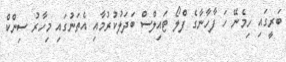
ބަރީގައި ހިމެނޭ ހަ ފާހާނާގެ ފްލޯ ޓައިލްސް ބަދަލުކުރުމާއި އެތަނުގައި މިހާރު ސިންކް